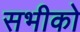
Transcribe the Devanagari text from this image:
सभीको